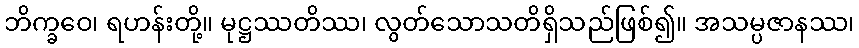
ဘိက္ခဝေ၊ ရဟန်းတို့။ မုဋ္ဌဿတိဿ၊ လွတ်သောသတိရှိသည်ဖြစ်၍။ အသမ္ပဇာနဿ၊